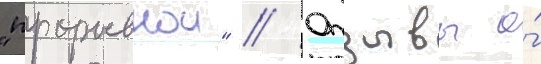
"прорывнои" // Отзывы о́